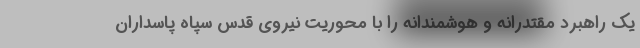
یک راهبرد مقتدرانه و هوشمندانه را با محوریت نیروی قدس سپاه پاسداران